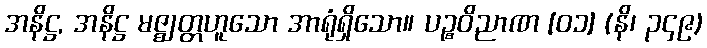
အနိဋ္ဌ, အနိဋ္ဌ မဇ္ဈတ္တဟူသော အာရုံရှိသော။ ပဉ္စဝိညာဏ [၀၁] (နိ၊ ၃၄၉)